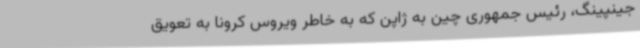
جینپینگ، رئیس جمهوری چین به ژاپن که به خاطر ویروس کرونا به تعویق